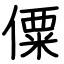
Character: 僳